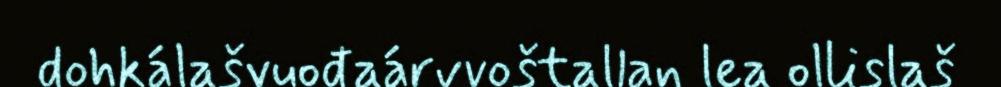
dohkálašvuođaárvvoštallan lea ollislaš